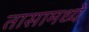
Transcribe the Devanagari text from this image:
तासामध्ये